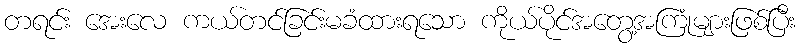
တရင်း အေးလေ ကယ်တင်ခြင်းမခံထားရသော ကိုယ်ပိုင်အတွေ့အကြုံများဖြစ်ပြီး